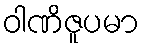
ဝါဏိဇူပမာ